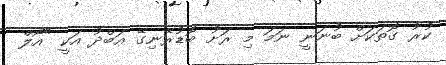
ކުރު ގޮތަކަށް ބުނަނީ ނަމަ މި ރަށު ބޮޑުރޭނިގޭ އަބްދު އަކީ "އޯލް